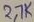
Text: 2,7K